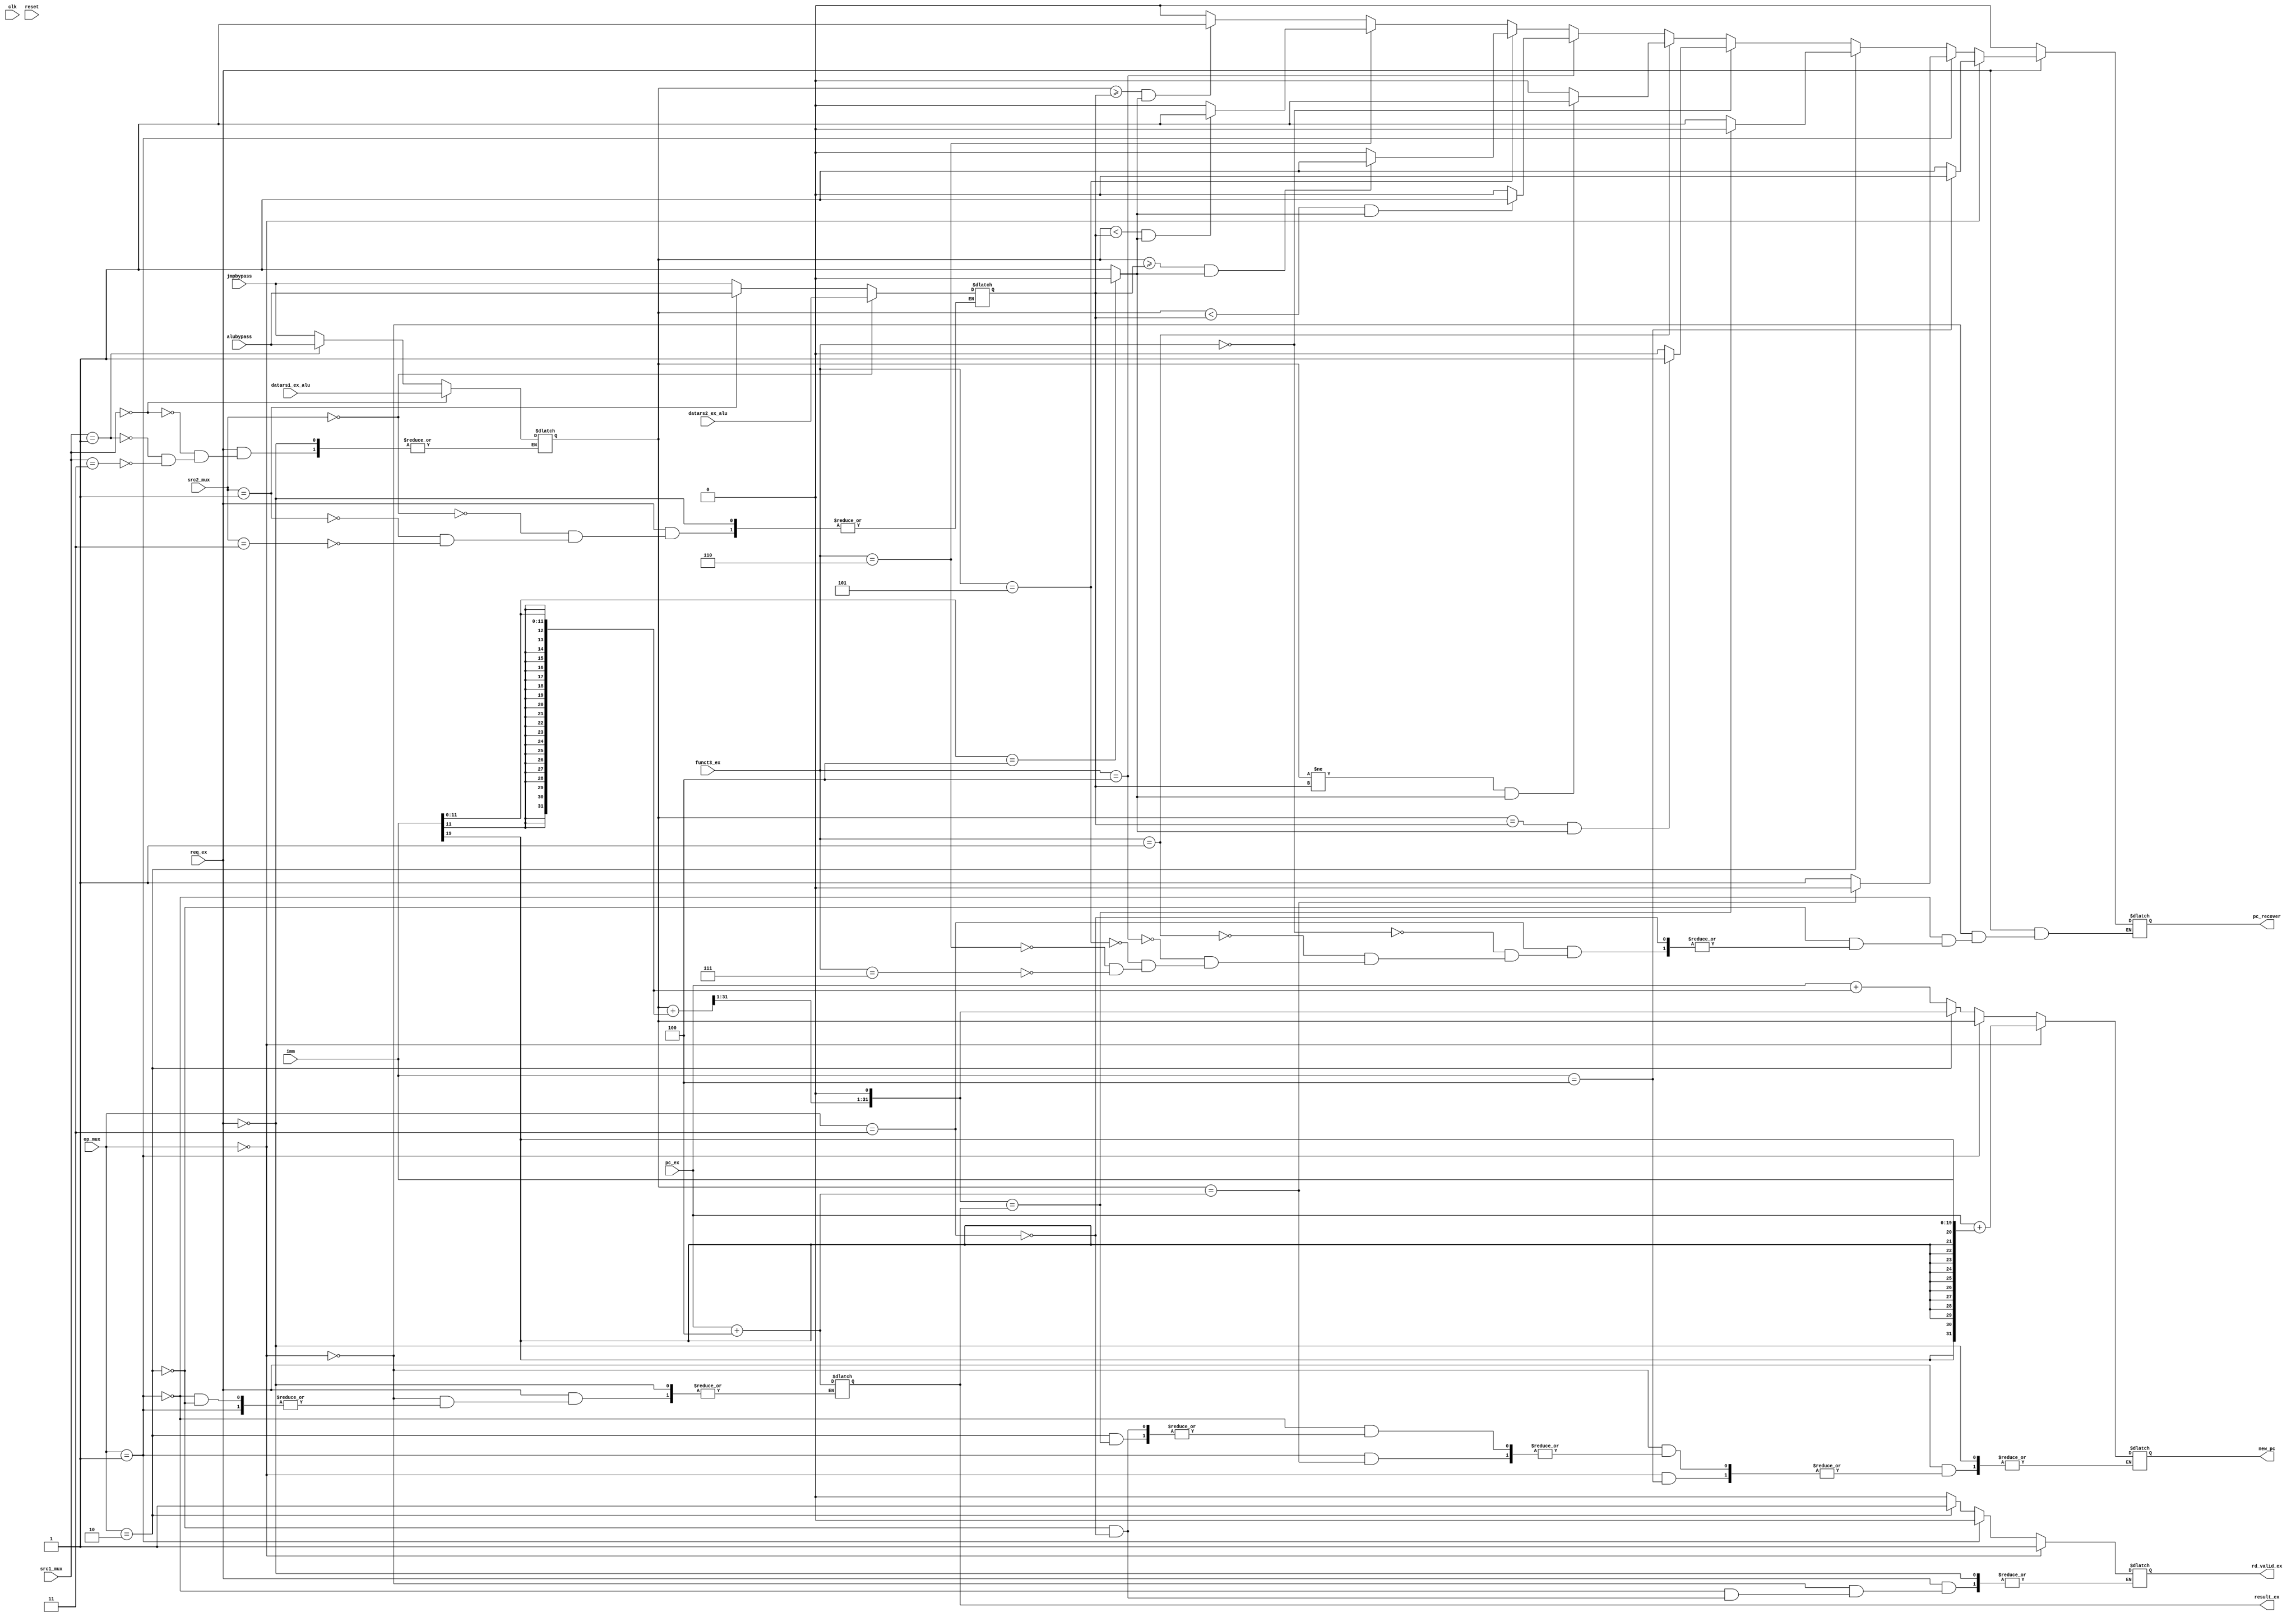
module stage_ex_jmp (
    input clk,
    input reset,
    
    input req_ex,
    input [2:0] funct3_ex,
    input [1:0] op_mux,
    input [1:0] src1_mux,
    input [1:0] src2_mux,
    input [31:0] datars1_ex_alu,
    input [31:0] datars2_ex_alu,
    input [31:0] pc_ex,
    input [19:0] imm,
    input [31:0] alubypass,
    input [31:0] jmpbypass,

    output reg rd_valid_ex,
    output reg [31:0] result_ex,
    output reg pc_recover,  // miss predict
    output reg [31:0] new_pc

);

integer i;
    
reg [31:0] src1;
reg [31:0] src2;

wire pc_miss_branch;
wire [31:0] pc_branch;
assign pc_miss_branch = (imm[11:0]==12'd4)?1'b0:1'b1;
assign pc_branch = pc_ex + {{21{imm[11]}},imm[10:0]};

wire [31:0] pc_jalr;
assign pc_jalr = src1+{{21{imm[11]}},imm[10:0]};

always @(*) begin
    if (req_ex) begin
        // src1
        if (src1_mux == 2'b0) begin
            src1 <= datars1_ex_alu;
        end else if (src1_mux == 2'b01) begin
            src1 <= alubypass;
        end else if (src1_mux == 2'b11) begin
            src1 <= jmpbypass;
        end
        //src2
        if (src2_mux == 2'b0) begin
            src2 <= datars2_ex_alu;
        end else if (src2_mux == 2'b01) begin
            src2 <= alubypass;
        end else if (src2_mux == 2'b11) begin
            src2 <= jmpbypass;
        end

        // calculation
        if (op_mux == 2'b0) begin
            rd_valid_ex <= 1'b1;
            result_ex <= pc_ex + 32'd4;
            if (imm == 20'd4) begin
                pc_recover <= 1'b0;
            end else begin
                pc_recover <= 1'b1;
                new_pc <= pc_ex + {{13{imm[19]}},imm[18:0]};
            end
        end else if (op_mux == 2'b01) begin
            rd_valid_ex <= 1'b0;
            if (src1 == pc_ex+32'd4) begin
                pc_recover <= 1'b0;
            end else begin
                pc_recover <= 1'b1;
                new_pc <= src1; 
            end
        end else if (op_mux == 2'b10) begin
            rd_valid_ex <= 1'b1;
            result_ex <= pc_ex + 32'd4;
            if ({pc_jalr[31:1],1'b0} == result_ex) begin
                pc_recover <= 1'b0;
            end else begin
                pc_recover <= 1'b1;
                new_pc <= {pc_jalr[31:1],1'b0}; 
            end
        end else if (op_mux == 2'b11) begin
            rd_valid_ex <= 1'b0;
            new_pc <= pc_branch;
            if (funct3_ex == 3'b000) begin
                pc_recover <= (src1==src2 && pc_miss_branch)?1'b1:1'b0;
            end else if (funct3_ex == 3'b001) begin
                pc_recover <= (src1!=src2 && pc_miss_branch)?1'b1:1'b0;
            end else if (funct3_ex == 3'b100) begin
                pc_recover <= (($signed(src1))<($signed(src2)) && pc_miss_branch)?1'b1:1'b0;
            end else if (funct3_ex == 3'b101) begin
                pc_recover <= (($signed(src1))>=($signed(src2)) && pc_miss_branch)?1'b1:1'b0;
            end else if (funct3_ex == 3'b110) begin
                pc_recover <= (($unsigned(src1))<($unsigned(src2)) && pc_miss_branch)?1'b1:1'b0;
            end else if (funct3_ex == 3'b111) begin
                pc_recover <= (($unsigned(src1))>=($unsigned(src2)) && pc_miss_branch)?1'b1:1'b0;
            end
        end
    end else begin
        pc_recover <= 1'b0;
    end
end



endmodule